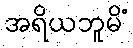
အရိယဘူမိံ